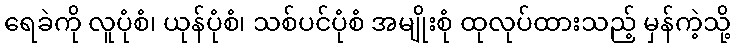
ရေခဲကို လူပုံစံ၊ ယုန်ပုံစံ၊ သစ်ပင်ပုံစံ အမျိုးစုံ ထုလုပ်ထားသည့် မှန်ကဲ့သို့